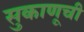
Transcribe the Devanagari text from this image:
सुकाणूची